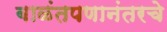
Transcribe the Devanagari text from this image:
बाळंतपणानंतरचे